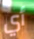
أي